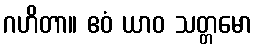
ဂဟိတာ။ ဧဝံ ယာဝ သတ္တမော